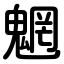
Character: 魍